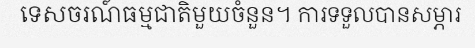
ទេសចរណ៍ធម្មជាតិមួយចំនួន។ ការទទួលបានសម្ភារ